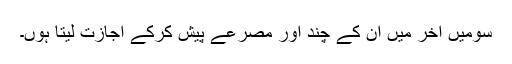
سومیں آخر میں ان کے چند اور مصرعے پیش کرکے اجازت لیتا ہوں۔